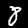
Digit: 8